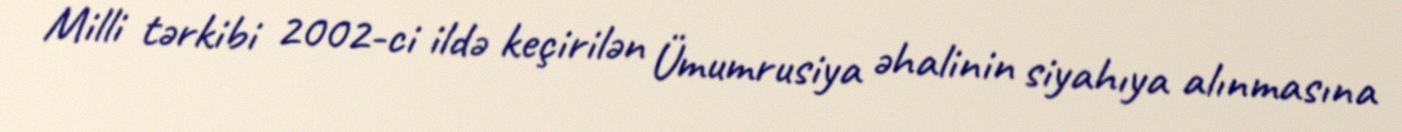
Milli tərkibi 2002-ci ildə keçirilən Ümumrusiya əhalinin siyahıya alınmasına